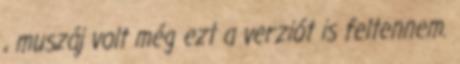
, muszáj volt még ezt a verziót is feltennem.